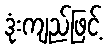
ဒုံးကျည်ဖြင့်